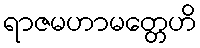
ရာဇမဟာမတ္တေဟိ